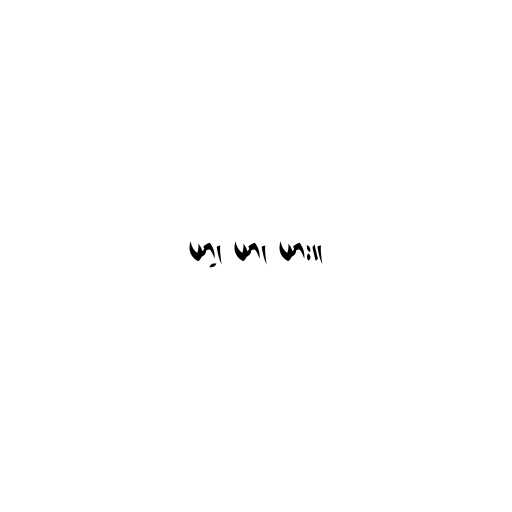
ယာ့၊ ယာ၊ ယား။